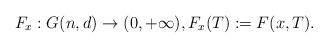
LaTeX: \begin{align*}F_x:G(n,d) \to (0,+\infty), F_x(T):= F(x,T).\end{align*}